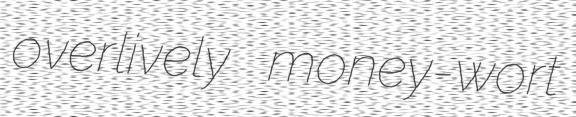
overlively money-wort